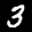
Label: 3